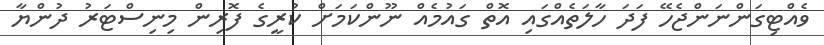
ވެއްޓިގަންނަންޖެހޭ ފަދަ ހާލަތެއްގައި އޮތް ގައުމެއް ނޫންކަމަށް ކުރީގެ ފޮރިން މިނިސްޓަރު ދުންޔާ